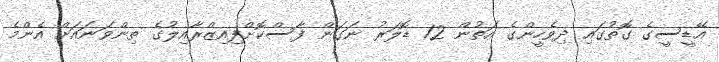
އޭޑީސީގެ ގޮތުގައި ދިވެހީންގެ އަތުން 12 ޑޮލަރު ނަގަން ފާސްކޮށްފިއިޒްރާއިލުގެ ތިންވަނައަށް އެންމެ